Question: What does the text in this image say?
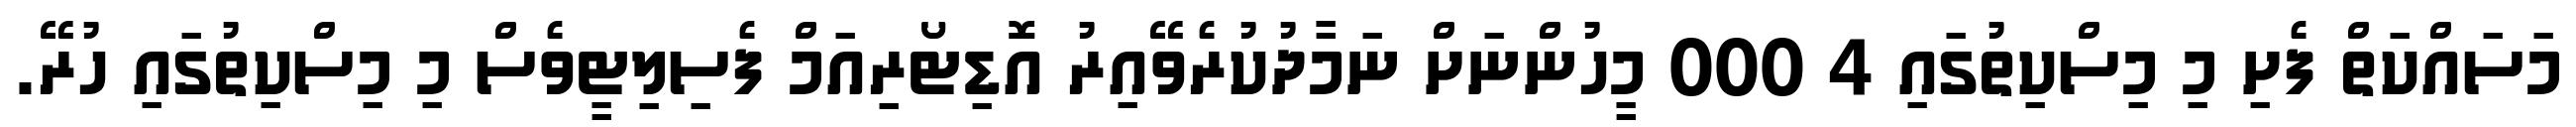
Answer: މަސައްކަތް ފެށި މި މިސްކިތުގައި 4 000 މީހުންނަށް ނަމާދުކުރެވޭއިރު އޮޑިޓޯރިއަމް ފެސިލިޓީވެސް މި މިސްކިތުގައި ހުރޭ.